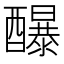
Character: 䤖